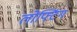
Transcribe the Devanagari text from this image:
लोफ्टिंग